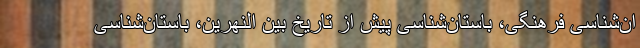
ان‌شناسی فرهنگی، باستان‌شناسی پیش از تاریخ بین النهرین، باستان‌شناسی